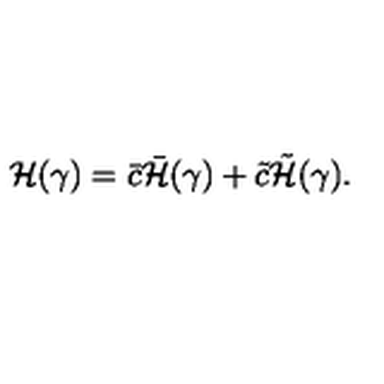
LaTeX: { \cal H } ( \gamma ) = \bar { c } \bar { \cal H } ( \gamma ) + \tilde { c } \tilde { \cal H } ( \gamma ) .